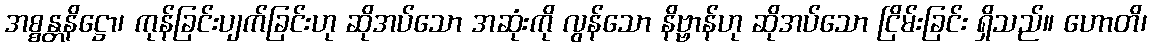
အစ္စန္တနိဋ္ဌော၊ ကုန်ခြင်းပျက်ခြင်းဟု ဆိုအပ်သော အဆုံးကို လွန်သော နိဗ္ဗာန်ဟု ဆိုအပ်သော ငြိမ်းခြင်း ရှိသည်။ ဟောတိ၊